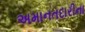
અમાનતદારીના